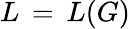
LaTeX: L\, =\, L(G)